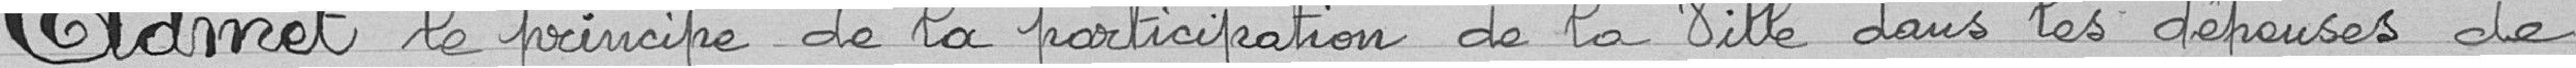
Admet le principe de la participation de la Ville dans les dépenses de